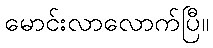
မောင်းလာလောက်ပြီ။